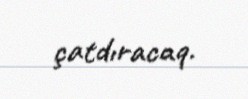
çatdıracaq.